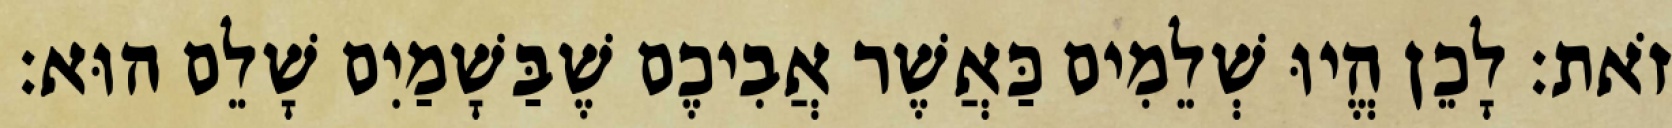
זֹאת׃ לָכֵן הֱיוּ שְׁלֵמִים כַּאֲשֶׁר אֲבִיכֶם שֶׁבַּשָׁמַיִם שָׁלֵם הוּא׃